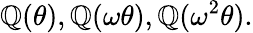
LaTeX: \mathbb{Q}(\theta),\mathbb{Q}(\omega\theta),\mathbb{Q}(\omega^{2}\theta).